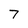
Character: 7